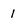
Character: 1